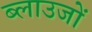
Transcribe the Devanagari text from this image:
ब्लाउजों